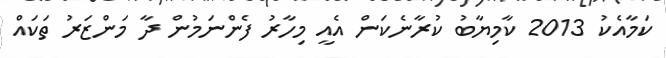
ކަމާއެކު 2013 ކާމިޔާބު ކުރާނެކަން އެއީ މިހާރު ފެންނަމުން ދާ މަންޒަރު ތަކައް